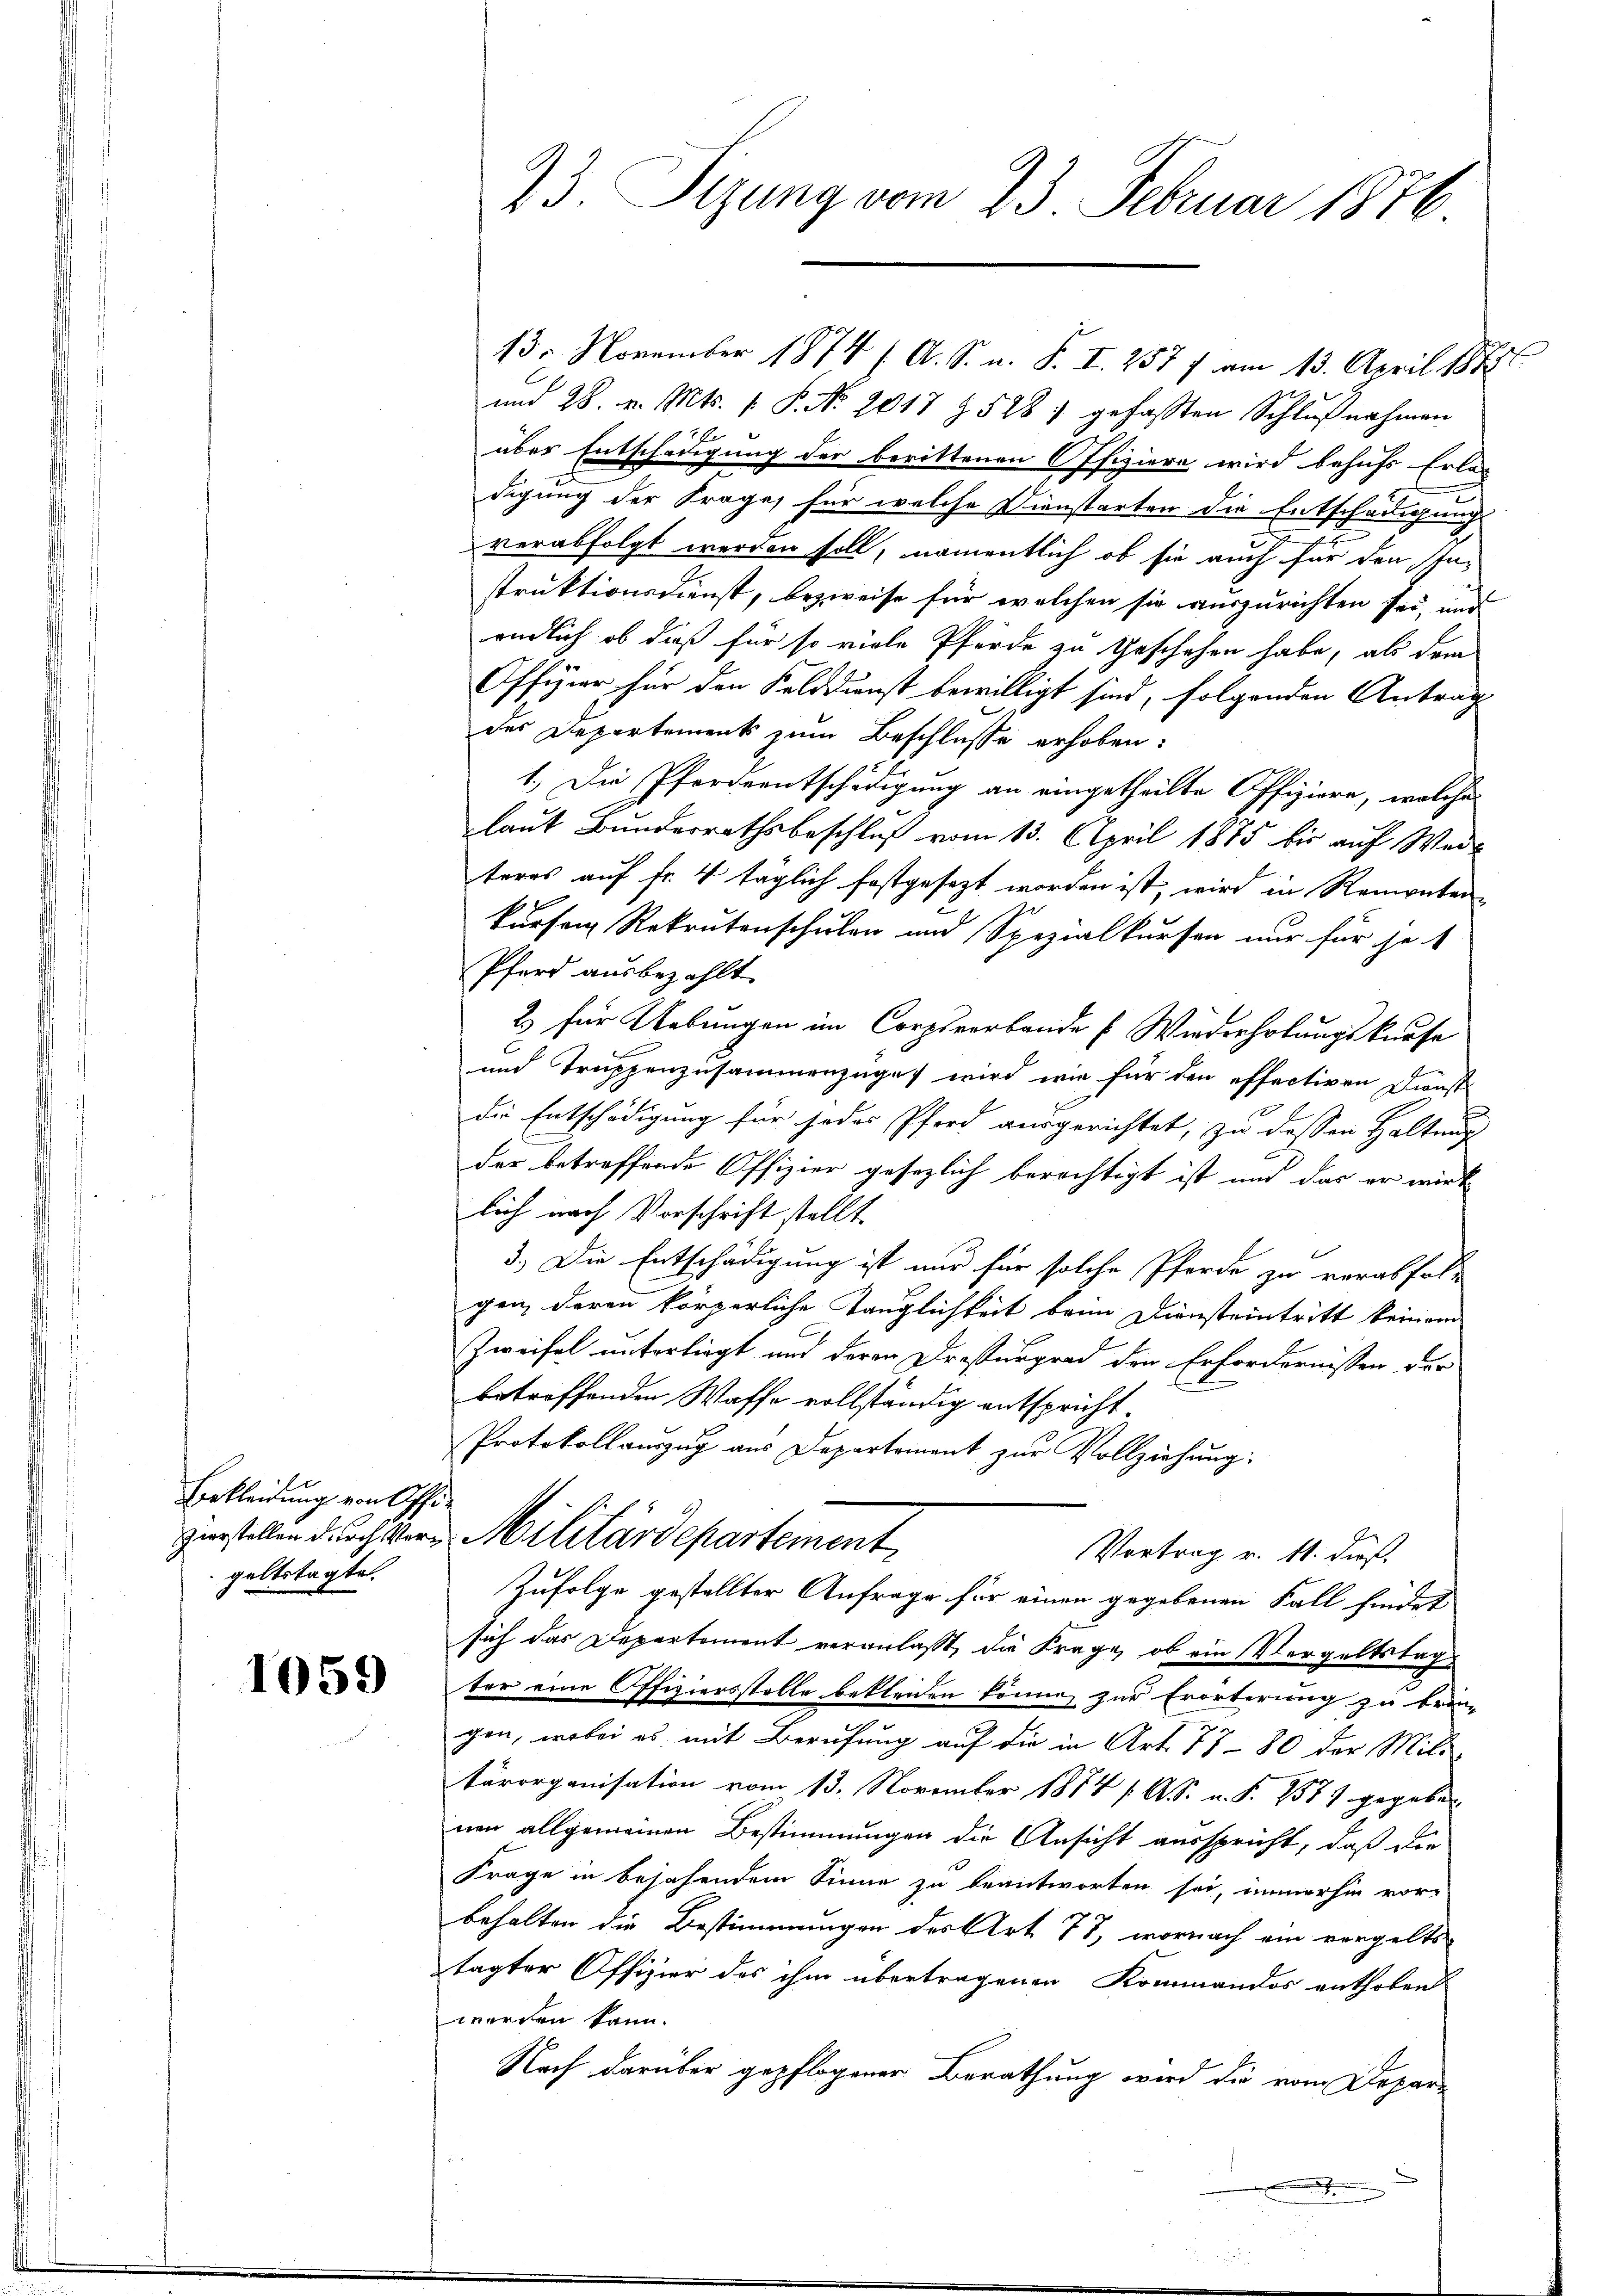
Bekleidung von Offigeltstagte.

1059

23. Sizung vom 23. Februar 1876

13. November 1874 ( A. S. n. F. I 257 f am 13. April 1878
und 28. v. Mts. 1. P. No 2017 § 528. gefassten Schlŭβnahmen
über Entschädigung der berittenen Offiziere wird behufs Erlan-
digung der Frage, für welche Dienstarten die Entschädigung
verabfolgt werden soll, namentlich ob sie auch für den Instruktionsdienst, bezweife für welchen sie auszurichten sei, und
endlich ob daß für so viele Pferde zu geschehen habe, als dem
Offyier für den Felddienst bewilligt sind, folgenden Antrag
des Departements zum Beschlusse erhoben:
1.) Die Pfordentschädigung an eingetheilte Offiziere, welche
laut Bunderrathsbeschluß vom 13. April 1875 bis auf Weiteres auf fr. 4 täglich festgesezt worden ist, wird in Romenterkürfen Rekrutenschulen und Spezialkursen nur für jet
Pferd ausbezahlt
2. für Uebungen im Corpsverbande Wiederholungskurse
und Truppenzusammenzuges wird wie für den effectiven Dienst
die Entschädigung für jedes Pferd ausgerichtet, zu dessen Haltung
der betreffende Offizier gesezlich berechtigt ist und das er wirk
lich nach Vorschrift stellt.
3.) Die Entschädigung ist nur für solche Pferde zu verabfolgen, deren körperliche Tänglichkeit beim Diensteintritt keinem
Zweifel unterliegt und deren Drestergrad den Erfordernissen der
betreffenden Waffe vollständig entspricht
Protokollauszug aus Departement zur Vollziehung:
zurstellen durch Vers Militärdepartement
Vortrag v. 11. dieß.
Zufolge gestellter Anfrage für einen gegebenen Fall findet
sich das Departement veranlaßt, die Frage, ob ein Vergeltstag
ter eine Offiziersstelle bekleiden könne, zur Erörterung zu brin-
gen, wobei es mit Berufung auf die in Art. 77 - 80 der Mili
tärorganisation vom 13. November 1854 f. A. R. u. S. 1571 gegeben
nen allgemeinen Bestimmungen die Ansicht ausspricht, daß die
Frage in bejahendem Sinne zu beantworten sei, immerhin vor-
behalten die Bestimmungen des Art. 77, wornach ein vergelts
tagter Offizier des ihm übertragenen Kommandos enthoben
werden kann.
Nach darüber gepflogener Berathung wird die vom Deparx